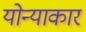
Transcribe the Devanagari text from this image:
योन्याकार